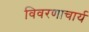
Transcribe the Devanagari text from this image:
विवरणाचार्य